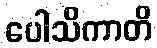
ပေါသိကာတိ